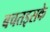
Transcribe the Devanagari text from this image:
बचतइसके